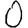
Digit: 0